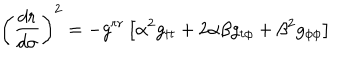
\left( \frac { d r } { d \sigma } \right) ^ { 2 } = - g ^ { r r } \left[ \alpha ^ { 2 } g _ { t t } + 2 \alpha \beta g _ { t \phi } + \beta ^ { 2 } g _ { \phi \phi } \right]